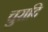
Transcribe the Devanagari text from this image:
चुरादि